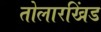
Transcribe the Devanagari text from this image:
तोलारखिंड